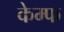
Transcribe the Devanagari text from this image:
केम्फ